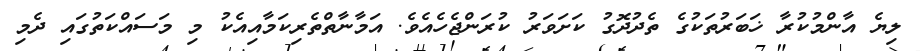
ލިޔެ އާންމުކުރާ ޚަބަރުތަކުގެ ތެދުދޮގު ކަށަވަރު ކުރަންޖެހެއެވެ. އަމާނާތްތެރިކަމާއިއެކު މި މަސައްކަތުގައި ދެމި